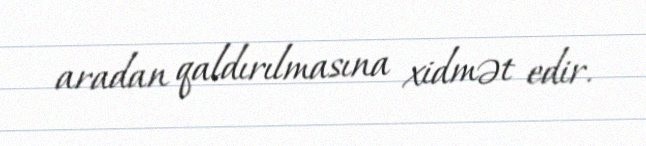
aradan qaldırılmasına xidmət edir.